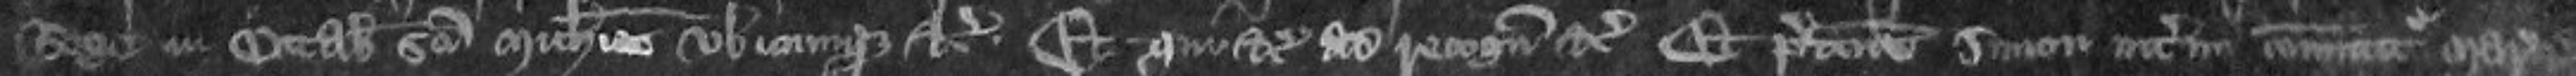
Rege in Octabis Sancti Michaelis ubicumque etc Et qui etc ad recognoscendum etc Et predictus Simon interim comittetur Marescalsiam